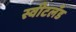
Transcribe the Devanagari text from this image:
स्वीटलँड